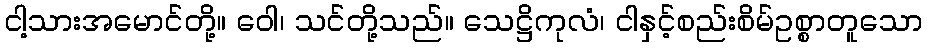
ငါ့သားအမောင်တို့။ ဝေါ၊ သင်တို့သည်။ သေဋ္ဌိကုလံ၊ ငါနှင့်စည်းစိမ်ဥစ္စာတူသော